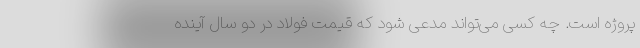
پروژه است. چه کسی می‌تواند مدعی شود که قیمت فولاد در دو سال آینده